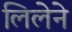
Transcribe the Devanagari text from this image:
लिलेने